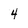
Character: 4